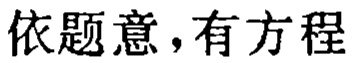
依题意，有方程